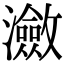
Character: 瀲